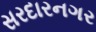
સરદારનગર